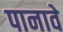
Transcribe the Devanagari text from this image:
पानावे